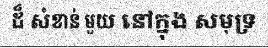
ដ៏ សំខាន់ មួយ នៅក្នុង សមុទ្រ